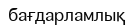
бағдарламлық